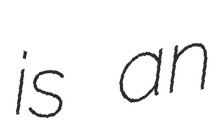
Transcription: is an